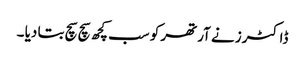
ڈاکٹرز نے آرتھر کو سب کچھ سچ سچ بتا دیا ۔